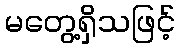
မတွေ့ရှိသဖြင့်